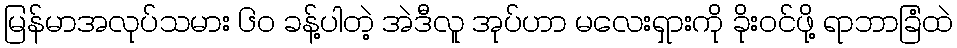
မြန်မာအလုပ်သမား ၆၀ ခန့်ပါတဲ့ အဲဒီလူ အုပ်ဟာ မလေးရှားကို ခိုးဝင်ဖို့ ရာဘာခြံထဲ